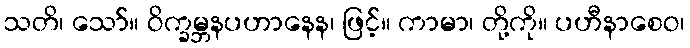
သတိ၊ သော်။ ဝိက္ခမ္ဘနပဟာနေန၊ ဖြင့်။ ကာမာ၊ တို့ကို။ ပဟီနာစေဝ၊